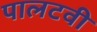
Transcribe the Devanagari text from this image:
पालटवी